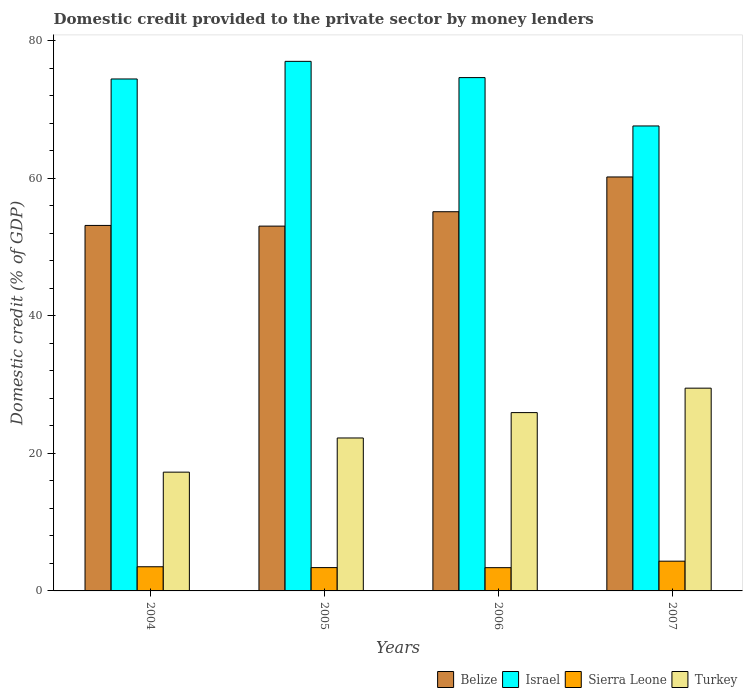
| Years | Belize | Israel | Sierra Leone | Turkey |
 | --- | --- | --- | --- | --- |
 | 2004 | 53.2 | 74.5 | 3.52 | 17.3 |
 | 2005 | 53.1 | 77 | 3.39 | 22.2 |
 | 2006 | 55.2 | 74.7 | 3.38 | 25.9 |
 | 2007 | 60.2 | 67.6 | 4.33 | 29.5 |